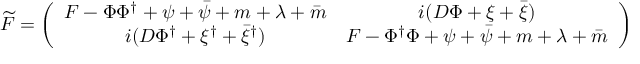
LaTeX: \widetilde { \cal F } = \left( \begin{array} { c c } { { F - \Phi \Phi ^ { \dag } + \psi + \bar { \psi } + m + \lambda + \bar { m } } } & { { i ( D \Phi + \xi + \bar { \xi } ) } } \\ { { i ( D \Phi ^ { \dag } + \xi ^ { \dag } + \bar { \xi } ^ { \dag } ) } } & { { F - \Phi ^ { \dag } \Phi + \psi + \bar { \psi } + m + \lambda + \bar { m } } } \end{array} \right)